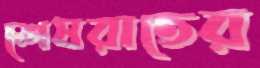
শেষরাতের